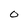
Character: O